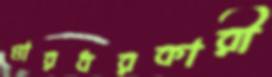
মারধরকারী